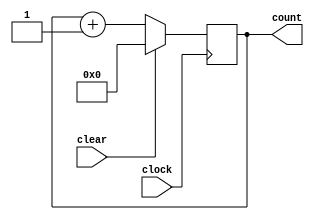
module counter (clear, clock, count);
	parameter N = 7;
	input clear, clock;
	output [0:N] count; reg [0:N] count;
	always @ (negedge clock)
	if (clear)
		count <= 0;
	else
		count <= count + 1;
endmodule